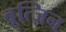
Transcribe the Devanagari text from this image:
बूत्ज़िन